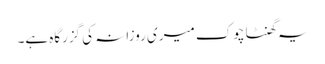
یہ گھنٹا چوک میری روزانہ کی گزرگاہ ہے۔